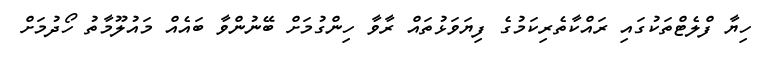
ހިޔާ ފްލެޓްތަކުގައި ރައްކާތެރިކަމުގެ ފިޔަވަޅުތައް ރާވާ ހިންގުމަށް ބޭނުންވާ ބައެއް މައުލޫމާތު ހޯދުމަށް